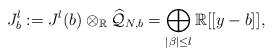
LaTeX: \begin{gather*}J^{l}_{b}:=J^{l}(b)\otimes_{\mathbb{R}}\widehat{\mathcal{Q}}_{N,b}=\bigoplus_{|\beta|\leq l}\mathbb{R}[[y-b]],\end{gather*}